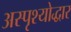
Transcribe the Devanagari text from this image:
अस्पृश्योद्धार